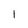
Character: l